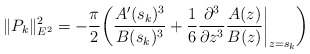
\begin{align*} \|P_k\|^2_{E^2} = -\frac{\pi}{2}\bigg( \frac{A'(s_k)^3}{B(s_k)^3} + \frac{1}{6}\frac{\partial^3}{\partial z^3}\frac{A(z)}{B(z)}\bigg|_{z=s_k}\bigg)\end{align*}